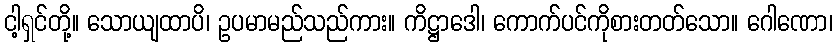
ငါ့ရှင်တို့။ သောယျထာပိ၊ ဥပမာမည်သည်ကား။ ကိဋ္ဌာဒေါ၊ ကောက်ပင်ကိုစားတတ်သော။ ဂေါဏော၊